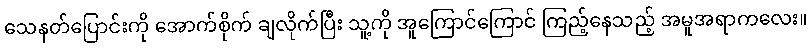
သေနတ်ပြောင်းကို အောက်စိုက် ချလိုက်ပြီး သူ့ကို အူကြောင်ကြောင် ကြည့်နေသည့် အမူအရာကလေး။